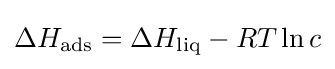
\Delta H_{\text{ads}}=\Delta H_{\text{liq}}-RT\ln c